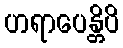
ဟရာပေန္တိပိ